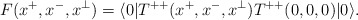
\begin{align*}F(x^+,x^-,x^\perp) = \langle 0| T^{++}(x^+,x^-,x^\perp)T^{++}(0,0,0)|0 \rangle.\end{align*}